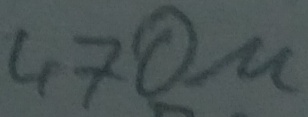
Text: 470µ